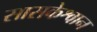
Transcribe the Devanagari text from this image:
सासकेश्वान